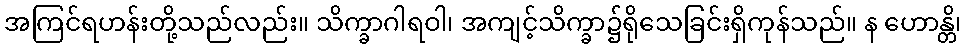
အကြင်ရဟန်းတို့သည်လည်း။ သိက္ခာဂါရဝါ၊ အကျင့်သိက္ခာ၌ရိုသေခြင်းရှိကုန်သည်။ န ဟောန္တိ၊